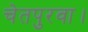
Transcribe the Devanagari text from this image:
चेतपुरवा।